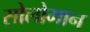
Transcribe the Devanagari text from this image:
सोलोमान